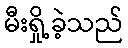
မီးရှို့ခဲ့သည်